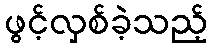
ဖွင့်လှစ်ခဲ့သည့်